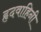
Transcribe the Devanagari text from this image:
हृदवाहिनी